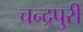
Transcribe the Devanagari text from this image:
चन्द्रपुरी